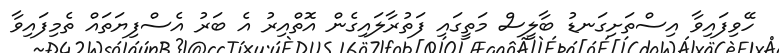
ހޭވިފައިވާ އިސްތަށިގަނޑު ބާލީސް މަތީގައި ފަތުރާލައިގެން އޮތްއިރު އެ ބަރު އެސްފިޔަތައް ތެމިފައިވާ